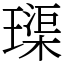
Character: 璖